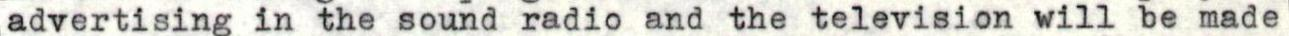
advertising in the sound radio and the television will be made